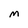
Character: M